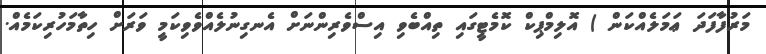
މަރުފާފަދަ ޢަމަލެއްކަން ) އޮލިމްޕިކް ކޮމެޓީގައި ތިއްބެވި އިސްވެރިންނަށް އެނގިނުލެއްވެވިކަމީ ވަރަށް ހިތާމަހުރިކަމެއް.